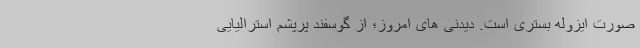
صورت ایزوله بستری است. دیدنی های امروز؛ از گوسفند پُرپشم استرالیایی